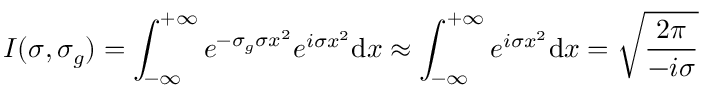
I ( \sigma , \sigma _ { g } ) = \int _ { - \infty } ^ { + \infty } e ^ { - \sigma _ { g } \sigma x ^ { 2 } } e ^ { i \sigma x ^ { 2 } } \mathrm { d } x \approx \int _ { - \infty } ^ { + \infty } e ^ { i \sigma x ^ { 2 } } \mathrm { d } x = \sqrt { \frac { 2 \pi } { - i \sigma } }